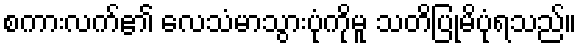
စကားလက်၏ လေသံမာသွားပုံကိုမူ သတိပြုမိပုံရသည်။